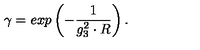
\gamma = e x p \left( - \frac { 1 } { g _ { 3 } ^ { 2 } \cdot R } \right) .